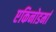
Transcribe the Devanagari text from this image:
एकिनोडर्मा